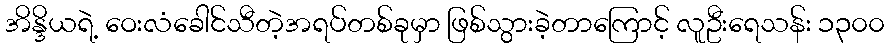
အိန္ဒိယရဲ့ ဝေးလံခေါင်သီတဲ့အရပ်တစ်ခုမှာ ဖြစ်သွားခဲ့တာကြောင့် လူဦးရေသန်း ၁၃၀၀